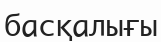
басқалығы